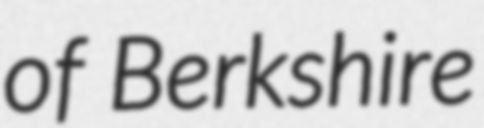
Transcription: of Berkshire